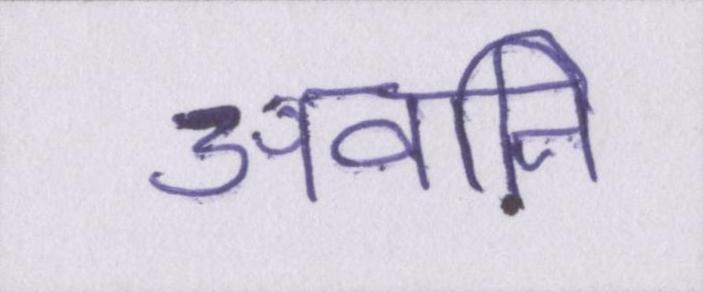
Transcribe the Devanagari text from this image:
अवनि